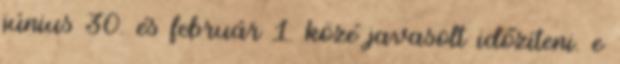
június 30. és február 1. közé javasolt időzíteni. e